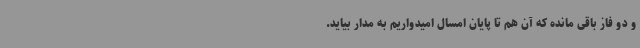
و دو فاز باقی مانده که آن هم تا پایان امسال امیدواریم به مدار بیاید.